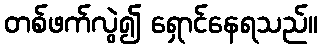
တစ်ဖက်လွဲ၍ ရှောင်နေရသည်။